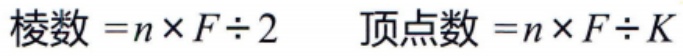
棱数 = \(n\times F\div 2\)  顶点数 = \(n\times F\div K\)